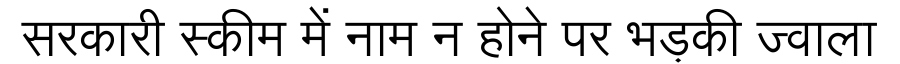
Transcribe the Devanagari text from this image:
सरकारी स्कीम में नाम न होने पर भड़की ज्वाला